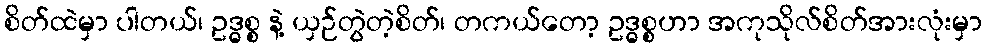
စိတ်ထဲမှာ ပါတယ်၊ ဥဒ္ဓစ္စ နဲ့ ယှဉ်တွဲတဲ့စိတ်၊ တကယ်တော့ ဥဒ္ဓစ္စဟာ အကုသိုလ်စိတ်အားလုံးမှာ